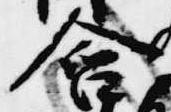
含